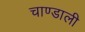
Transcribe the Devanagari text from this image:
चाण्डाली